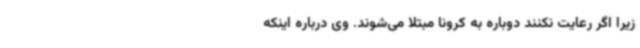
زیرا اگر رعایت نکنند دوباره به کرونا مبتلا می‌شوند. وی درباره اینکه